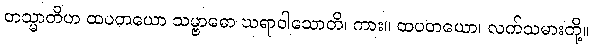
တသ္မာတိဟ ထပတယော သမ္ဗာဓော ဃရာဝါသောတိ၊ ကား။ ထပတယော၊ လက်သမားတို့။